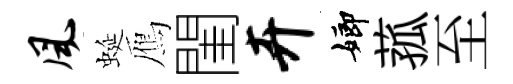
风蜒鴈閨卉嫏菰至